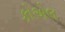
કોએલ